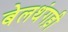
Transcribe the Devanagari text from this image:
बेलथंगड़ी